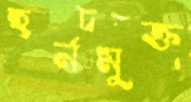
হর্নমুক্ত